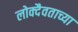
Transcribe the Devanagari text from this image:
लोक्दैवताच्या